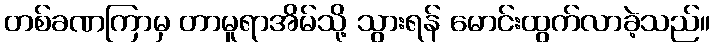
တစ်ခဏကြာမှ တာမူရာအိမ်သို့ သွားရန် မောင်းထွက်လာခဲ့သည်။